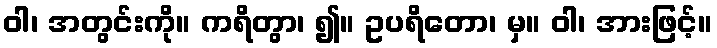
ဝါ၊ အတွင်းကို။ ကရိတွာ၊ ၍။ ဥပရိတော၊ မှ။ ဝါ၊ အားဖြင့်။